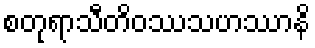
စတုရာသီတိဝဿသဟဿာနိ